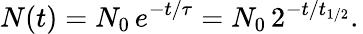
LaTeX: N(t)=N_{0}\, e^{-t/\tau}=N_{0}\, 2^{-t/t_{1/2}}.\,